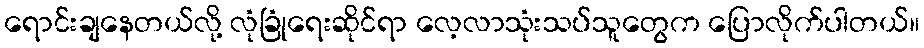
ရောင်းချနေတယ်လို့ လုံခြုံရေးဆိုင်ရာ လေ့လာသုံးသပ်သူတွေက ပြောလိုက်ပါတယ်။